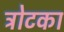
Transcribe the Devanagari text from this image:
ट्रोटका